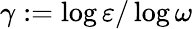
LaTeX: \gamma:=\log\varepsilon/\log\omega